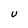
Character: U